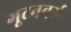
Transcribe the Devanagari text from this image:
गूटनबर्ग